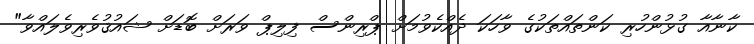
ކާނާއާ ގުޅުންހުރި ކަންތައްތަކުގެ ވާހަކަ ދެއްކެވުމަށް ޕްރިންސް ފިލިޕް ވަރަށް ބޮޑަށް ޝައުޤުވެރިވެލައްވާ"